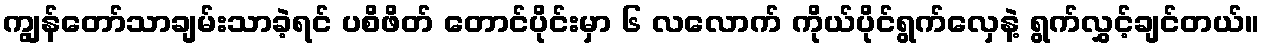
ကျွန်တော်သာချမ်းသာခဲ့ရင် ပစိဖိတ် တောင်ပိုင်းမှာ ၆ လလောက် ကိုယ်ပိုင်ရွက်လှေနဲ့ ရွက်လွှင့်ချင်တယ်။